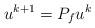
LaTeX: \begin{align*}u^{k+1}=P_{f}u^{k}\end{align*}